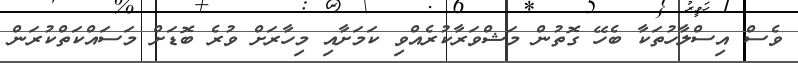
ވެސް އިސްލާހުތަކާ ބެހޭ ގޮތުން މަޝްވަރާކުރެއްވި ކަމަށާއި މިހާރަށް ވުރެ ބޮޑަށް މަސައްކަތްކުރަން